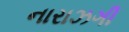
નારાઝગી